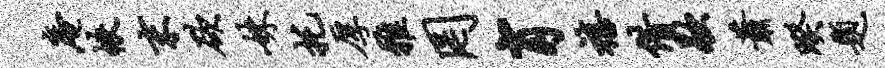
庵帙末欲妹托厚雅罔肖禧借歇萧暌题